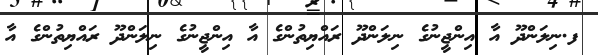
ފ.ނިލަންދޫ އާ އިންޖީނުގެ ނިލަންދޫ ރައްޔިތުންގެ އާ އިންޖީނުގެ ނިލަންދޫ ރައްޔިތުންގެ އާ